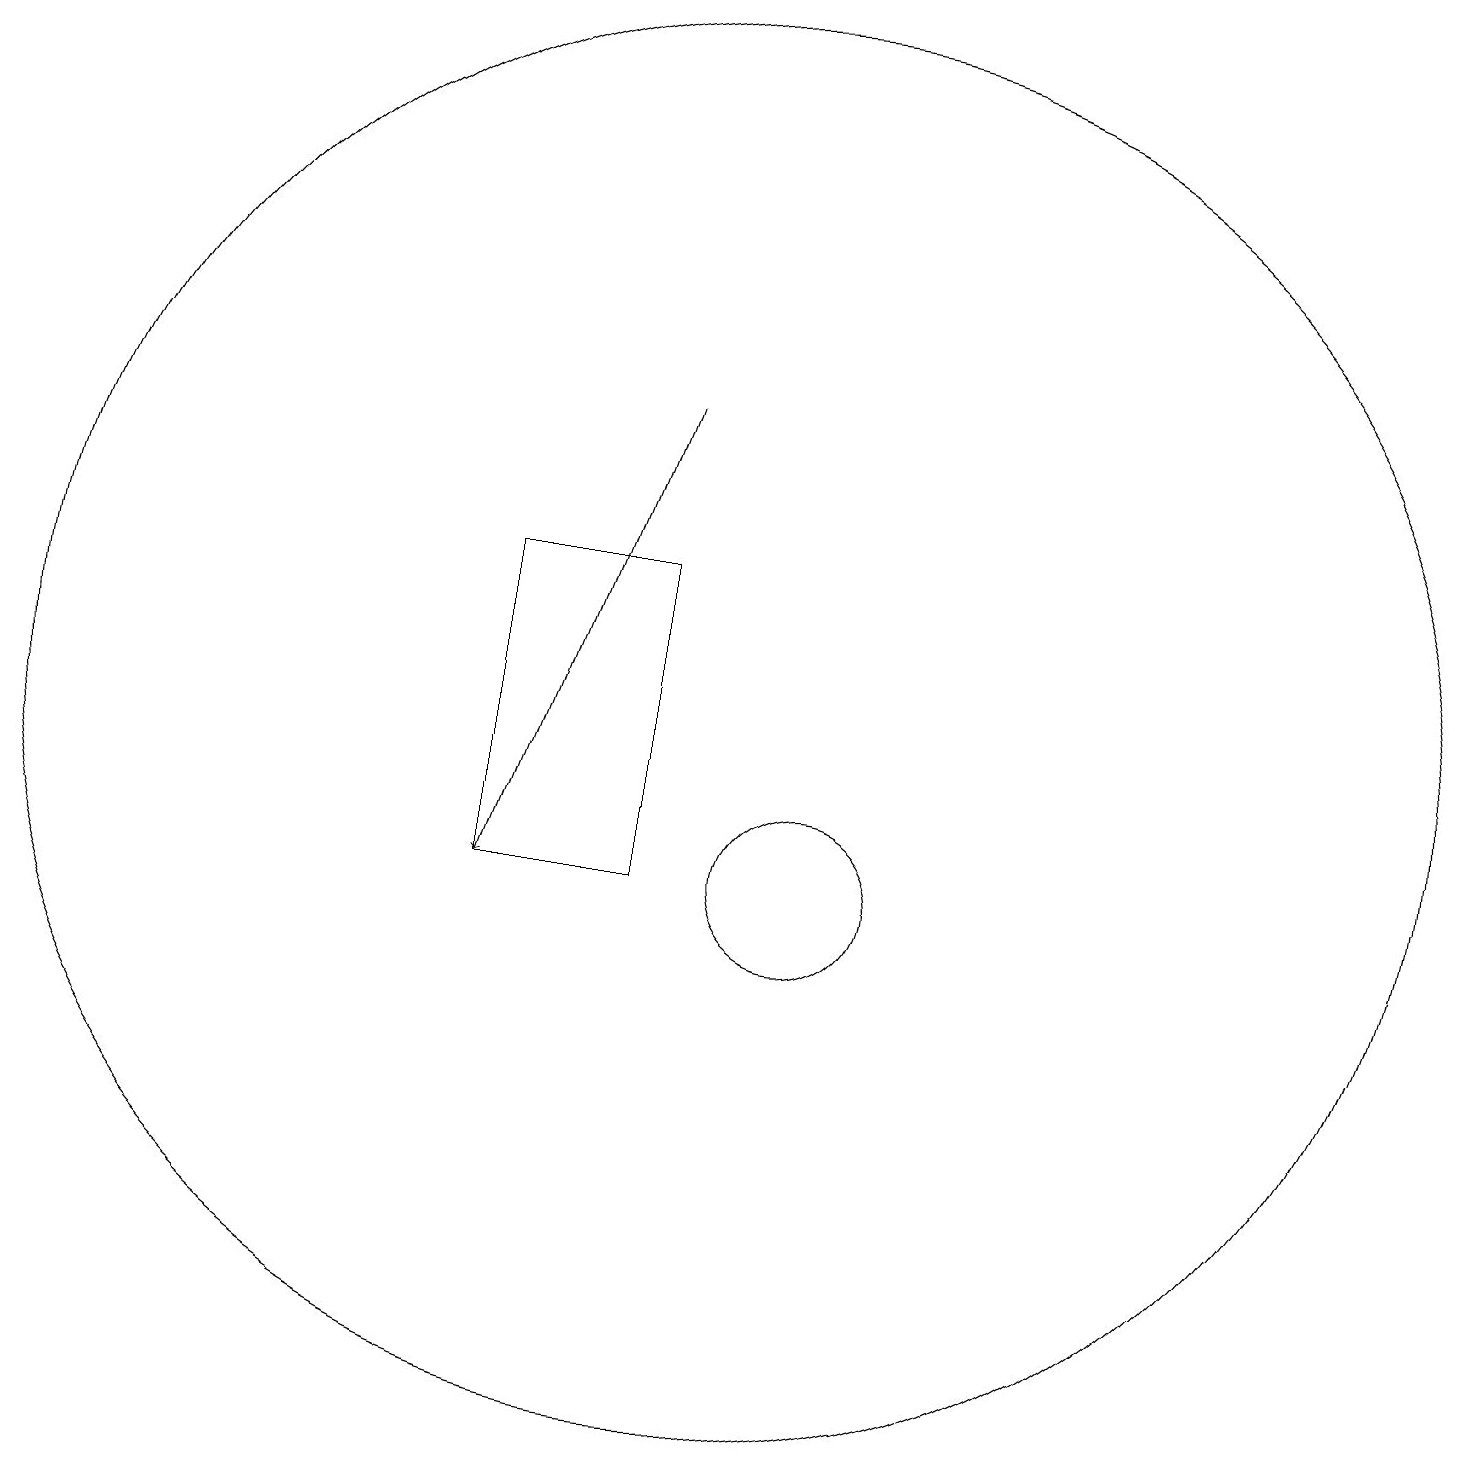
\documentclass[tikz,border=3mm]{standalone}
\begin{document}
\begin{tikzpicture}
\draw (10,12) circle (9);
\draw[->] (9,16) -- (7,10);
\draw (7,10) rectangle (9,14);
\draw (11,10) circle (1);
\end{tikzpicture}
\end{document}